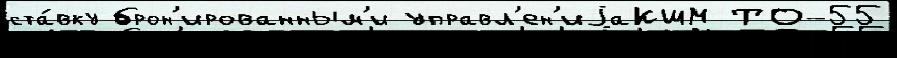
ста́вку брон'ированным'и управл'ен'иjаКШМ ТО-55